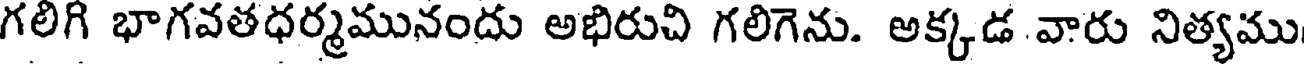
గలిగి భాగవతధర్మమునందు అభిరుచి గలిగెను. అక్కడ వారు నిత్యము